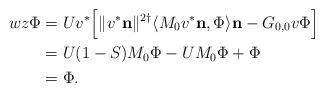
LaTeX: \begin{align*}w z\Phi&=Uv^*\Bigl[\|v^*\mathbf n\|^{2\dagger}\langle M_0v^*\mathbf n,\Phi\rangle \mathbf n-G_{0,0}v\Phi\Bigr]\\&= U(1-S)M_0\Phi-UM_0\Phi+\Phi\\&=\Phi.\end{align*}